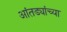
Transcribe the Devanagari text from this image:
आंतड्यांच्या